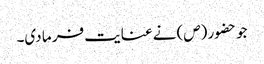
جو حضور (ص) نے عنایت فر ما دی۔